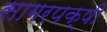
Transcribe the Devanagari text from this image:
सागरपक्षी